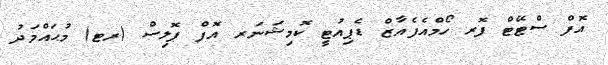
އޮފް ސްޓޭޓް ފޮރ ހޯމްއެފެއާޒް ޑެޕިއުޓީ ކޮމިޝަނަރ އޮފް ޕޮލިސް (ރޓ) މުޙައްމަދު